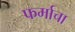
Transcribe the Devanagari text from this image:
फर्माचा